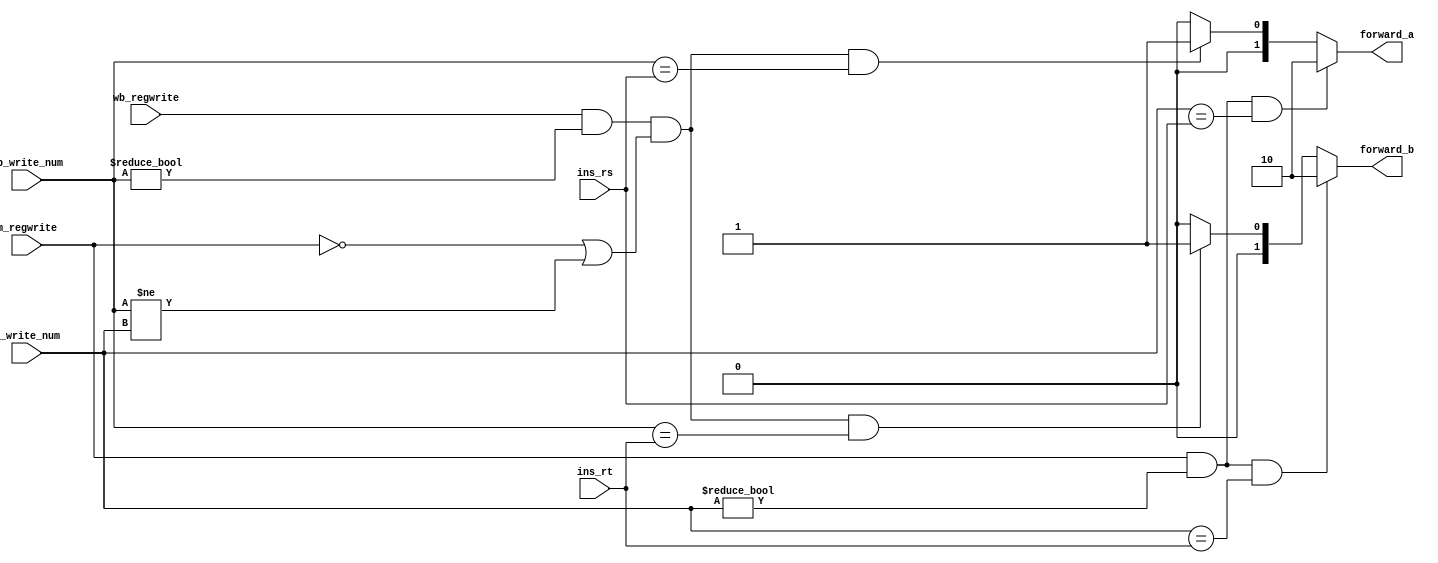
module forward_unit(    ins_rs,
                        ins_rt,
                        m_regwrite,
                        m_write_num,
                        wb_regwrite,
                        wb_write_num,
                        forward_a,
                        forward_b
                        );

        input   [4:0]   ins_rs;
        input   [4:0]   ins_rt;
        input           m_regwrite;
        input   [4:0]   m_write_num;
        input           wb_regwrite;
        input   [4:0]   wb_write_num;

        output  [1:0]   forward_a;
        output  [1:0]   forward_b;

        reg     [1:0]   forward_a;
        reg     [1:0]   forward_b;



        always@(m_regwrite or m_write_num or ins_rs or
                wb_regwrite or wb_write_num)
        begin
                if( (m_regwrite)&
                    (m_write_num!=5'b0000)&
                    (m_write_num==ins_rs) )

                        forward_a = 2'b10 ;

                else if( (wb_regwrite)&
                         (wb_write_num!=5'b0000)&
                         ((~m_regwrite)|(wb_write_num!=m_write_num))&
                         (wb_write_num==ins_rs) )

                        forward_a = 2'b01 ;

                else
                        forward_a = 2'b00 ;


        end


        always@(m_regwrite or m_write_num or ins_rt or
                wb_regwrite or wb_write_num)
        begin
                if( (m_regwrite)&
                    (m_write_num!=5'b0000)&
                    (m_write_num==ins_rt) )

                        forward_b = 2'b10 ;

                else if( (wb_regwrite)&
                         (wb_write_num!=5'b0000)&
                         ((~m_regwrite)|(wb_write_num!=m_write_num))&
                         (wb_write_num==ins_rt) )

                        forward_b = 2'b01 ;

                else
                        forward_b = 2'b00 ;


        end

endmodule